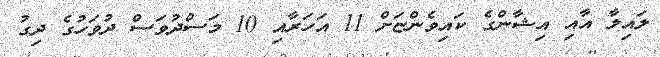
ލައިލާ އާއި އިޝާންގެ ކައިވެންޏަށް 11 އަހަރާއި 10 މަސްދުވަސް ދުވަހުގެ ދިގު